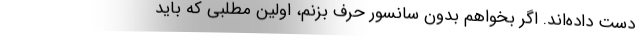
دست داده‌اند. اگر بخواهم بدون سانسور حرف بزنم، اولین مطلبی که باید